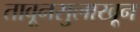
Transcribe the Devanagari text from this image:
तावूनसुलाखून